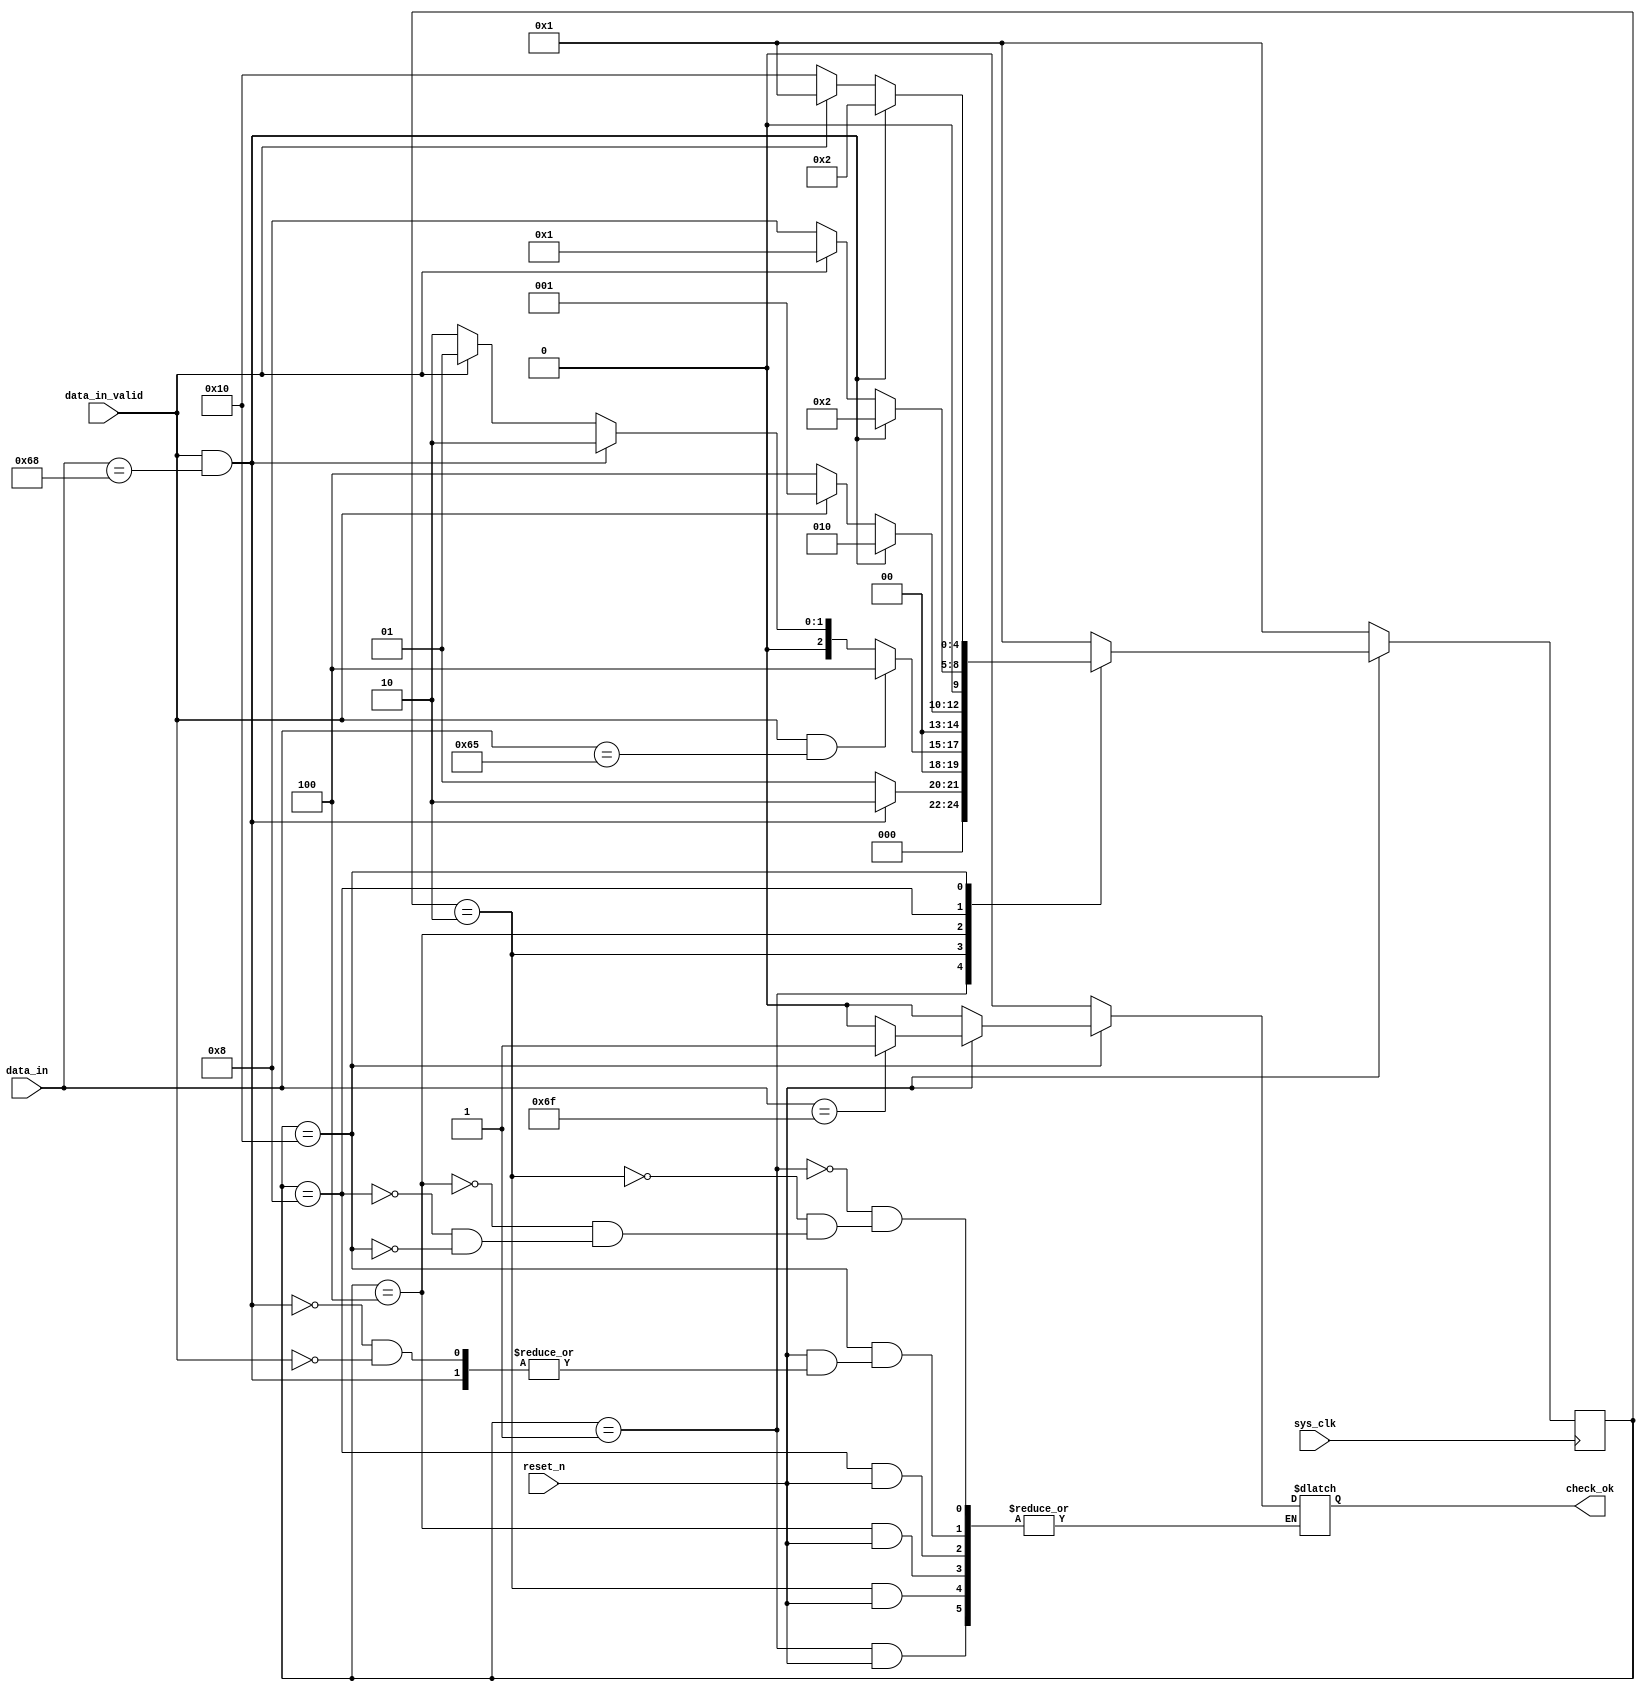
module fsm_hello(
    input sys_clk,
    input reset_n,
    input [7:0]data_in,
    input data_in_valid,
    output reg check_ok
    );
    
    localparam
        CHECK_h  = 5'b00_001,
        CHECK_e  = 5'b00_010,
        CHECK_l1 = 5'b00_100,
        CHECK_l2 = 5'b01_000,    
        CHECK_o  = 5'b10_000;    
   
    reg [4:0]state;//
    
    reg [4:0]pre_state;//
    reg [4:0]next_state;    
    
    
 /*   
//
    always@(posedge sys_clk or negedge reset_n)
    if(!reset_n)begin
        check_ok <= 1'b0;
        state <= CHECK_h;
    end 
    else begin
        case(state)
            CHECK_h:begin
                check_ok <= 1'b0;
                if(data_in_valid && data_in == "h")
                    state <= CHECK_e;
                else
                    state <= CHECK_h;
            end
            
            CHECK_e:begin
                check_ok <= 1'b0;
                if(data_in_valid && data_in == "e")
                    state <= CHECK_l1;
                else if(data_in_valid && data_in == "h")
                    state <= CHECK_e;
                else if(data_in_valid)
                    state <= CHECK_h;    
                else
                    state <= CHECK_e; 
            end      
            
            CHECK_l1:begin
                check_ok <= 1'b0;
                if(data_in_valid && data_in == "l1")
                    state <= CHECK_l2;
                else if(data_in_valid && data_in == "h")
                    state <= CHECK_e;
                else if(data_in_valid)
                    state <= CHECK_h;    
                else
                    state <= CHECK_l1;  
            end     
                           
            CHECK_l2:begin
                check_ok <= 1'b0;
                if(data_in_valid && data_in == "l2")
                    state <= CHECK_o;
                else if(data_in_valid && data_in == "h")
                    state <= CHECK_e;
                else if(data_in_valid)
                    state <= CHECK_h;    
                else
                    state <= CHECK_l2;    
            end   
                         
            CHECK_o:        
                if(data_in_valid && data_in == "h")
                    state <= CHECK_e;                 
                else if(data_in_valid)begin
                    state <= CHECK_h;
                    if(data_in == "o")
                        check_ok <= 1'b1;
                    else
                        check_ok <= 1'b0;                        
                    end  
                else   
                    state <= CHECK_o;    
            default:state <= CHECK_h;
        endcase
    end
 */   
 

//
//always
    always@(posedge sys_clk)
    if(!reset_n)
        pre_state <= CHECK_h;
    else 
        pre_state <= next_state;
//always        
    always@(pre_state or reset_n)begin  //
    case(pre_state)
        CHECK_h:
            if(!reset_n)begin
                check_ok <= 1'b0;
                next_state <= CHECK_h;
                end 
            else if(data_in_valid && data_in == "h")   
                next_state <= CHECK_e;                
            else
                next_state <= CHECK_h;  
                 
        CHECK_e:
            if(!reset_n)begin
                check_ok <= 1'b0;
                next_state <= CHECK_h;
                end                 
            else if(data_in_valid && data_in == "e")
                next_state <= CHECK_l1;
            else if(data_in_valid && data_in == "h")
                next_state <= CHECK_e;
            else if(data_in_valid)
                next_state <= CHECK_h;    
            else
                next_state <= CHECK_e;    
        
        CHECK_l1:
            if(!reset_n)begin
                check_ok <= 1'b0;
                next_state <= CHECK_h;
                end                   
            else if(data_in_valid && data_in == "l1")
                next_state <= CHECK_l2;
            else if(data_in_valid && data_in == "h")
                next_state <= CHECK_e;
            else if(data_in_valid)
                next_state <= CHECK_h;    
            else
                next_state <= CHECK_l1;    
              
        CHECK_l2:
            if(!reset_n)begin
                check_ok <= 1'b0;
                next_state <= CHECK_h;
                end                 
            else if(data_in_valid && data_in == "l2")
                next_state <= CHECK_o;
            else if(data_in_valid && data_in == "h")
                next_state <= CHECK_e;
            else if(data_in_valid)
                next_state <= CHECK_h;    
            else
                next_state <= CHECK_l2;     
               
        CHECK_o:        
            if(!reset_n)begin
                check_ok <= 1'b0;
                next_state <= CHECK_h;
                end                   
            else if(data_in_valid && data_in == "h")
                next_state <= CHECK_e;                 
            else if(data_in_valid)begin
                next_state <= CHECK_h;
                if(data_in == "o")
                    check_ok <= 1'b1;
                else
                    check_ok <= 1'b0;                        
                end  
            else   
                next_state <= CHECK_o;                   
                 
        default:next_state <= CHECK_h;
    endcase
    end

/*
//    
//always
    always@(posedge sys_clk)
    if(!reset_n)
        pre_state <= CHECK_h;
    else 
        pre_state <= next_state;

//always
    always@(pre_state or reset_n)begin  //
    case(pre_state)
        CHECK_h:
            if(!reset_n)
                next_state <= CHECK_h;
            else if(data_in_valid && data_in == "h")   
                next_state <= CHECK_e;                
            else
                next_state <= CHECK_h;  
                 
        CHECK_e:
            if(!reset_n)
                next_state <= CHECK_h;             
            else if(data_in_valid && data_in == "e")
                next_state <= CHECK_l1;
            else if(data_in_valid && data_in == "h")
                next_state <= CHECK_e;
            else if(data_in_valid)
                next_state <= CHECK_h;    
            else
                next_state <= CHECK_e;    
        
        CHECK_l1:
            if(!reset_n)
                next_state <= CHECK_h;  
            else if(data_in_valid && data_in == "l1")
                next_state <= CHECK_l2;
            else if(data_in_valid && data_in == "h")
                next_state <= CHECK_e;
            else if(data_in_valid)
                next_state <= CHECK_h;    
            else
                next_state <= CHECK_l1;    
              
        CHECK_l2:
            if(!reset_n)
                next_state <= CHECK_h;    
            else if(data_in_valid && data_in == "l2")
                next_state <= CHECK_o;
            else if(data_in_valid && data_in == "h")
                next_state <= CHECK_e;
            else if(data_in_valid)
                next_state <= CHECK_h;    
            else
                next_state <= CHECK_l2;     
               
        CHECK_o:        
            if(!reset_n)
                next_state <= CHECK_h;        
            else if(data_in_valid && data_in == "h")
                next_state <= CHECK_e;                 
            else if(data_in_valid)
                next_state <= CHECK_h;
            else   
                next_state <= CHECK_o;                   
                 
        default:next_state <= CHECK_h;
    endcase
    end    
 
//always     
    always@(pre_state or reset_n)begin  //
    case(pre_state)
        CHECK_h:
            if(!reset_n)
                check_ok <= 1'b0;
                
        CHECK_e:
            if(!reset_n)
                check_ok <= 1'b0;  
        
        CHECK_l1:
            if(!reset_n)
                check_ok <= 1'b0;       
              
        CHECK_l2:
            if(!reset_n)
                check_ok <= 1'b0;         
               
        CHECK_o:        
            if(!reset_n)
                check_ok <= 1'b0;       
            else if(data_in_valid && data_in == "h")
                ;                 
            else if(data_in_valid)begin
                if(data_in == "o")
                    check_ok <= 1'b1;
                else
                    check_ok <= 1'b0;                        
                end  
            else          
                ;
        default:;
    endcase
    end    
*/    
        
endmodule